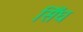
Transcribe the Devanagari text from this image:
सिँघ